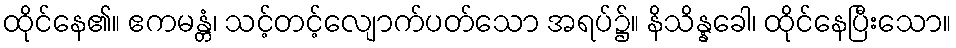
ထိုင်နေ၏။ ဧကမန္တံ၊ သင့်တင့်လျောက်ပတ်သော အရပ်၌။ နိသိန္နခေါ၊ ထိုင်နေပြီးသော။